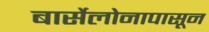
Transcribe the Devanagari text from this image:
बार्सेलोनापासून